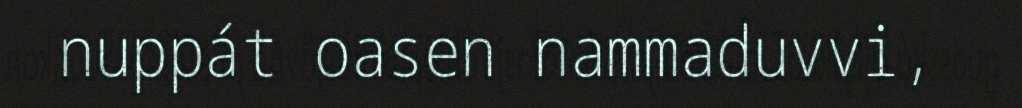
nuppát oasen nammaduvvi,